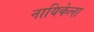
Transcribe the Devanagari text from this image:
नायिकेला